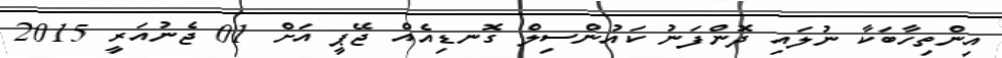
އިންތިހާބަކާ ނުލައި ދޮންފަނު ކައުންސިލް ގޮނޑިއެއް ޖޭޕީ އަށް 01 ޖެނުއަރީ 2015